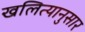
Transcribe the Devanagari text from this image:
खलित्यानुसार